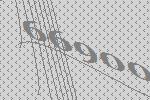
66900